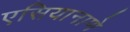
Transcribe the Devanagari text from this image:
एसियानाणे